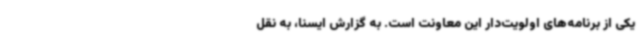
یکی از برنامه‌های اولویت‌دار این معاونت است. به گزارش ایسنا، به نقل